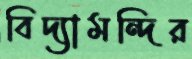
বিদ্যামন্দির